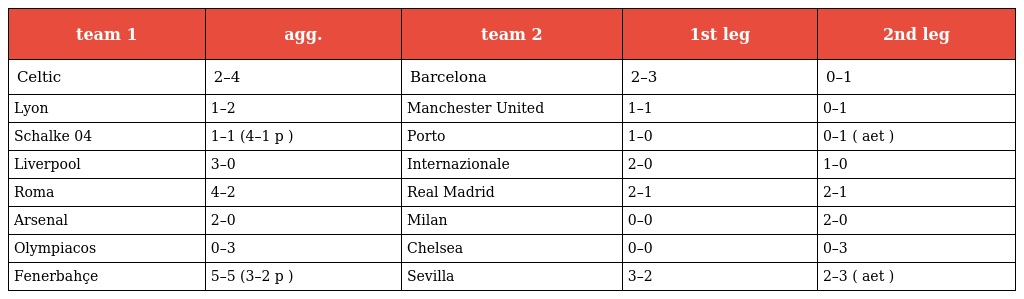
| team 1 | agg. | team 2 | 1st leg | 2nd leg |
 | --- | --- | --- | --- | --- |
 | Celtic | 2–4 | Barcelona | 2–3 | 0–1 |
 | Lyon | 1–2 | Manchester United | 1–1 | 0–1 |
 | Schalke 04 | 1–1 (4–1 p ) | Porto | 1–0 | 0–1 ( aet ) |
 | Liverpool | 3–0 | Internazionale | 2–0 | 1–0 |
 | Roma | 4–2 | Real Madrid | 2–1 | 2–1 |
 | Arsenal | 2–0 | Milan | 0–0 | 2–0 |
 | Olympiacos | 0–3 | Chelsea | 0–0 | 0–3 |
 | Fenerbahçe | 5–5 (3–2 p ) | Sevilla | 3–2 | 2–3 ( aet ) |